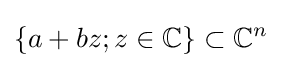
\{a+bz;z\in \mathbb {C} \}\subset \mathbb {C} ^{n}